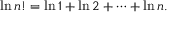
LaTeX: \ln n ! = \ln 1 + \ln 2 + \cdots + \ln n .